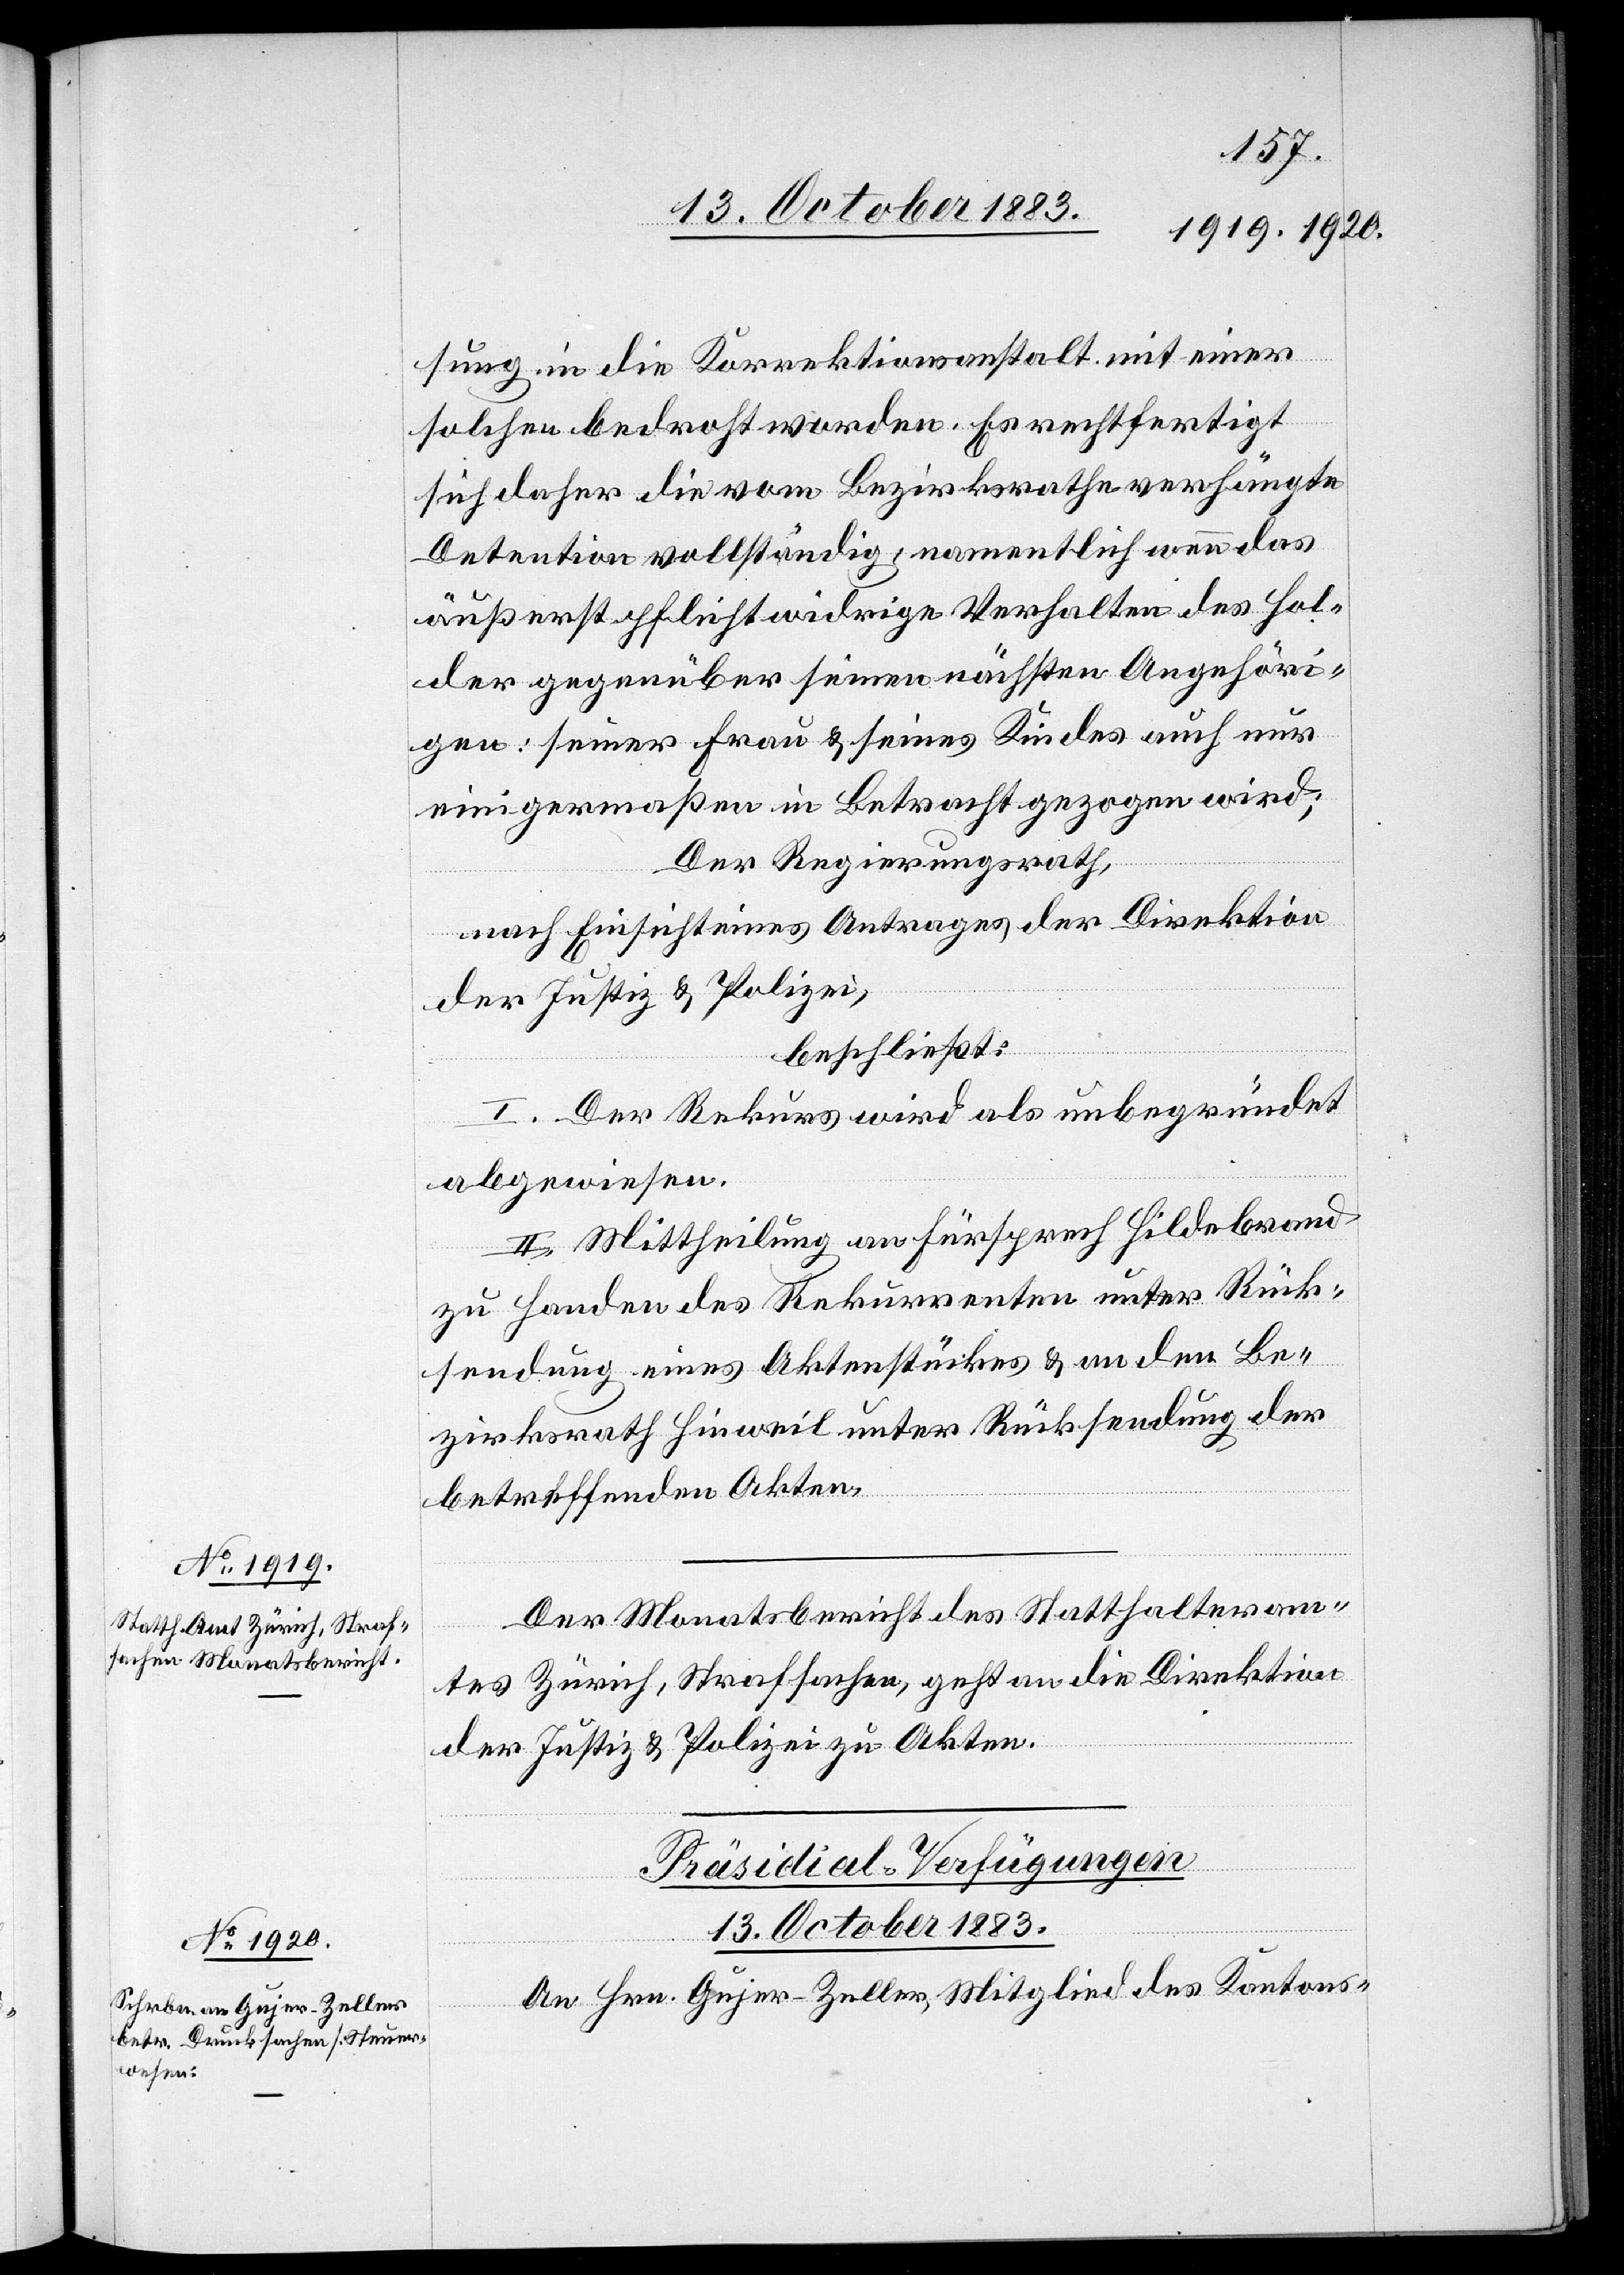
sung in die Korrektionsanstalt mit einer
solchen bedroht worden. Es rechtfertigt
sich daher die vom Bezirksrathe verhängte
Detention vollständig, namentlich wenn das
äußerst pflichtwidrige Verhalten des Hol¬
der gegenüber seinen nächsten Angehöri¬
gen: seiner Frau & seines Kindes auch nur
einigermaßen in Betracht gezogen wird;
Der Regierungsrath,
nach Einsicht eines Antrages der Direktion
der Justiz & Polizei,
beschließt:
I. Der Rekurs wird als unbegründet
abgewiesen.
II. Mittheilung an Fürsprech Hildebrand
zu Handen des Rekurrenten unter Rück¬
sendung eines Aktenstückes & an den Be¬
zirksrath Hinweil unter Rücksendung der
betreffenden Akten.
Der Monatsbericht des Statthalteram¬
tes Zürich, Strafsachen, geht an die Direktion
der Justiz & Polizei zu Akten.
Präsidial-Verfügungen
13. October 1883.
An Hrn. Gujer-Zeller, Mitglied des Kantons-